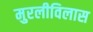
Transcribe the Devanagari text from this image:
मुरलीविलास